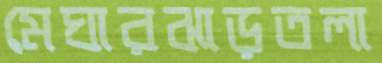
মেঘারঝাড়তলা